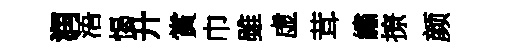
润浯愒升賞巾雖虚茸繡撩颜